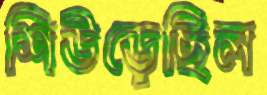
শিউড়েছিল